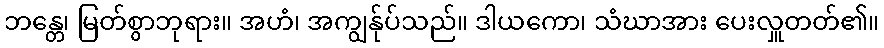
ဘန္တေ၊ မြတ်စွာဘုရား။ အဟံ၊ အကျွန်ုပ်သည်။ ဒါယကော၊ သံဃာအား ပေးလှူတတ်၏။